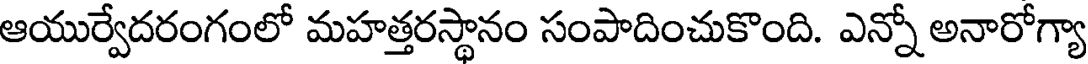
ఆయుర్వేదరంగంలో మహత్తరస్థానం సంపాదించుకొంది. ఎన్నో అనారోగ్యా